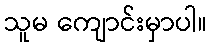
သူမ ကျောင်းမှာပါ။